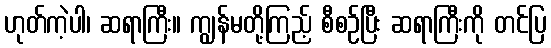
ဟုတ်ကဲ့ပါ၊ ဆရာကြီး။ ကျွန်မတို့ကြည့် စီစဉ်ပြီး ဆရာကြီးကို တင်ပြ